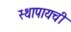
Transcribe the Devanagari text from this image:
स्थापायची